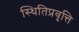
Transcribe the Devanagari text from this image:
स्थितिप्रवृत्ति